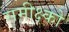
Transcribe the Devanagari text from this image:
समीक्ष्को